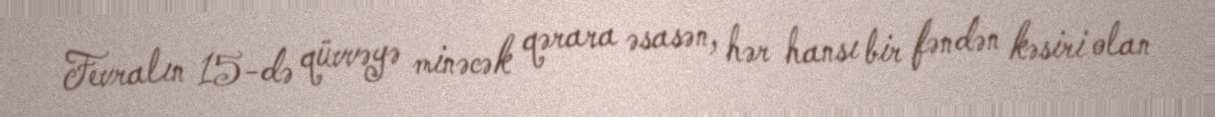
Fevralın 15-də qüvvəyə minəcək qərara əsasən, hər hansı bir fəndən kəsiri olan